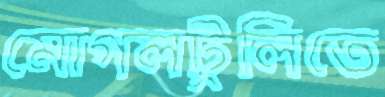
মোগলটুলিতে